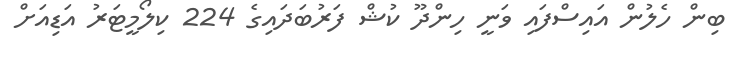
ބިން ހެލުން އައިސްފައި ވަނީ ހިންދޫ ކުޝް ފަރުބަދައިގެ 224 ކިލޯމީޓަރު އަޑިއަށް